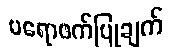
ပရောဖက်ပြုချက်